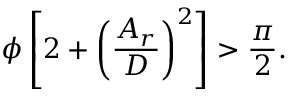
\phi \left[ 2 + \left( \frac { A _ { r } } { D } \right) ^ { 2 } \right] > \frac { \pi } { 2 } .